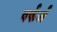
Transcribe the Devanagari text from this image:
वर्कर्ज